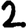
Digit: 2